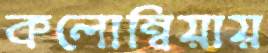
কলোম্বিয়ায়